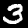
Digit: 3